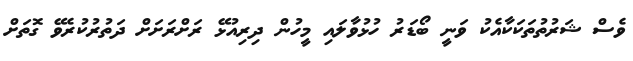
ވެސް ޝަރުތުތަކަކާއެކު ވަނީ ބޯޑަރު ހުޅުވާލައި މީހުން ދިރިއުޅޭ ރަށްރަށަށް ދަތުރުކުރެވޭ ގޮތަށް